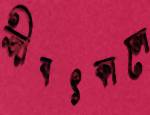
জীবৎকালে